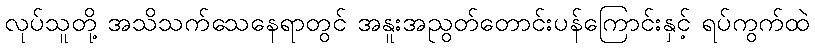
လုပ်သူတို့ အသိသက်သေနေရာတွင် အနူးအညွတ်တောင်းပန်ကြောင်းနှင့် ရပ်ကွက်ထဲ